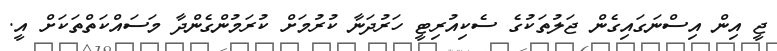
ޖީ އިން އިސްނަގައިގެން ޖަލުތަކުގެ ސެކިއުރިޓީ ހަރުދަނާ ކުރުމަށް ކުރަމުންގެންދާ މަސައްކަތްތަކަށް އީ.